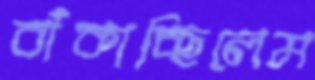
বাঁকাচ্ছিলেম